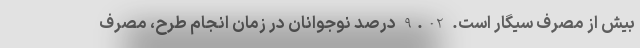
بیش از مصرف سیگار است. 9.02 درصد نوجوانان در زمان انجام طرح، مصرف